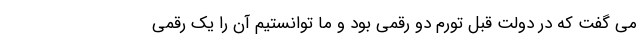
می گفت که در دولت قبل تورم دو رقمی بود و ما توانستیم آن را یک رقمی